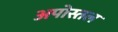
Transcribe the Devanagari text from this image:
अपोस्तल